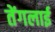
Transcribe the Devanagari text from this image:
तेंगलाई